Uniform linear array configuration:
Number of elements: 32
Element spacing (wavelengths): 0.75
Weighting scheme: exponential
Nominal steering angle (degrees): -60
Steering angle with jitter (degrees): -61.484
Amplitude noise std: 0.05
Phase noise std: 0.05

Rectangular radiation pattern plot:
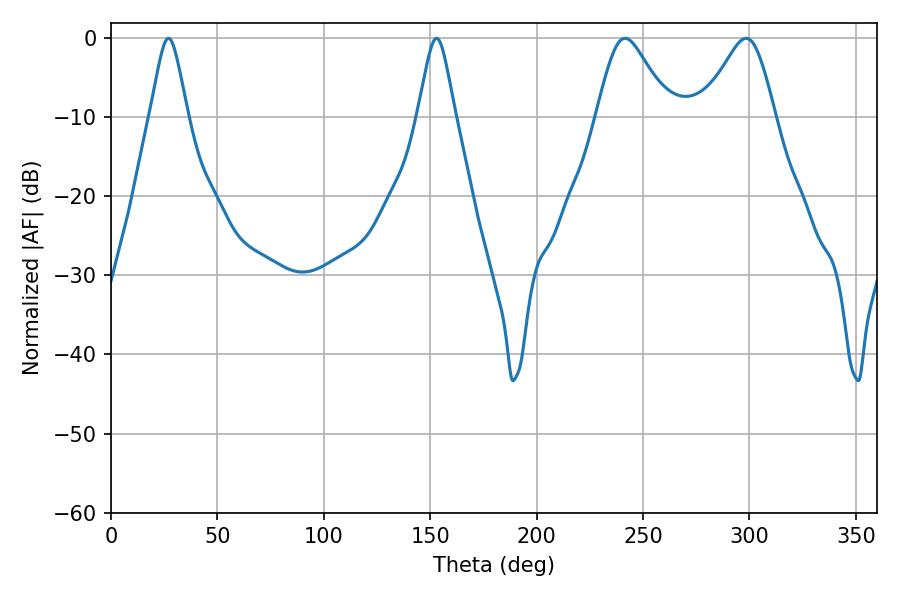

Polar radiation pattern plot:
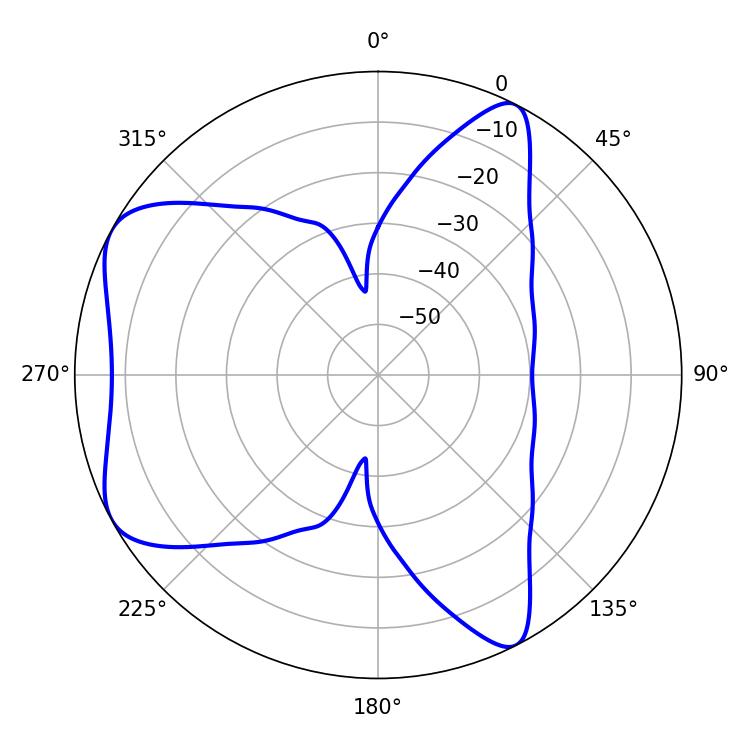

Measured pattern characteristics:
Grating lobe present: TRUE
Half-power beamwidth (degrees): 16.74
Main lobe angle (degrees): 241.56